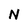
Character: N